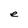
Character: e